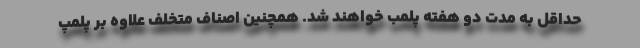
حداقل به مدت دو هفته پلمب خواهند شد. همچنین اصناف متخلف علاوه بر پلمپ